Indian journal of veterinary science and animal husbandry - Volume 13,
Year: 1943
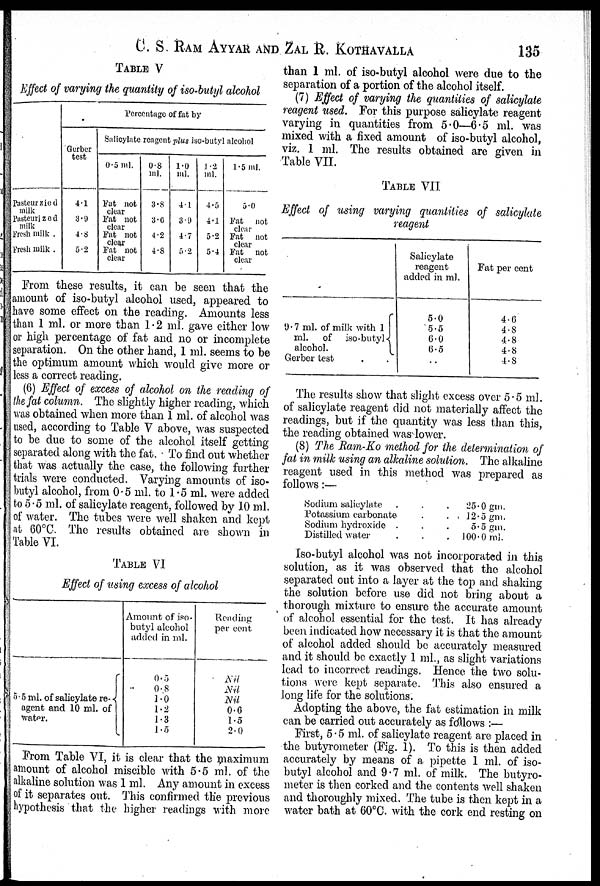
C. S. RAM AYYAR AND ZAL R. KOTHAVALLA 135
TABLE V
Effect of varying the quantity of iso-butyl alcohol
Pasteurzied
milk
Pasteurized
milk
Fresh milk .
Fresh milk .
Percentage of fat by
Gerber
test
4.1
3.9
4.8
5.2
Salicylate reagent plus iso-butyl alcohol
0.5 ml.
Fat not
clear
Fat not
clear
Fat not
clear
Fat not
clear
0.8
ml.
3.8
3.6
4.2
4.8
1.0
ml.
4.1
3.9
4.7
5.2
1.2
ml.
4.5
4.1
5.2
5.4
1.5 ml.
5.0
Fat not
clear
Fat not
clear
Fat not
clear
From these results, it can be seen that the
amount of iso-butyl alcohol used, appeared to
have some effect on the reading. Amounts less
than 1 ml. or more than 1.2 ml. gave either low
or high percentage of fat and no or incomplete
separation. On the other hand, 1 ml. seems to be
the optimum amount which would give more or
less a correct reading.
(6) Effect of excess of alcohol on the reading of
the fat column. The slightly higher reading, which
was obtained when more than 1 ml. of alcohol was
used, according to Table V above, was suspected
to be due to some of the alcohol itself getting
separated along with the fat. To find out whether
that was actually the case, the following further
trials were conducted. Varying amounts of iso-
butyl alcohol, from 0.5 ml. to 1.5 ml. were added
to 5.5 ml. of salicylate reagent, followed by 10 ml.
of water. The tubes were well shaken and kept
at 60°C. The results obtained are shown in
Table VI.
TABLE VI
Effect of using excess of alcohol
5.5 ml. of salicylate re- {
agent and 10 ml. of
water.
Amount of iso-
butyl alcohol
added in ml.
0.5
0.8
1.0
1.2
1.3
1.5
Reading
per cent
Nil
Nil
Nil
0.6
1.5
2.0
From Table VI, it is clear that the maximum
amount of alcohol miscible with 5.5 ml. of the
alkaline solution was 1 ml. Any amount in excess
of it separates out. This confirmed the previous
hypothesis that the higher readings with more
than 1 ml. of iso-butyl alcohol were due to the
separation of a portion of the alcohol itself.
(7) Effect of varying the quantities of salicylate
reagent used. For this purpose salicylate reagent
varying in quantities from 5.0—6.5 ml. was
mixed with a fixed amount of iso-butyl alcohol,
viz. 1 ml. The results obtained are given in
Table VII.
TABLE VII
Effect of using varying quantities of salicylate
reagent
9.7 ml. of milk with 1
ml.
of iso-butyl {
alcohol.
Gerber test . .
Salicylate
reagent
added in ml.
5.0
5.5
6.0
6.5
..
Fat per cent
4.6
4.8
4.8
4.8
4.8
The results show that slight excess over 5.5 ml.
of salicylate reagent did not materially affect the
readings, but if the quantity was less than this,
the reading obtained was lower.
(8) The Ram-Ko method for the determination of
fat in milk using an alkaline solution. The alkaline
reagent used in this method was prepared as
follows :—
Sodium salicylate . . .
Potassium carbonate . .
Sodium hydroxide . . .
Distilled water . . .
25.0 gm.
12.5 gm.
5.5 gm.
100.0 ml.
Iso-butyl alcohol was not incorporated in this
solution, as it was observed that the alcohol
separated out into a layer at the top and shaking
the solution before use did not bring about a
thorough mixture to ensure the accurate amount
of alcohol essential for the test. It has already
been indicated how necessary it is that the amount
of alcohol added should be accurately measured
and it should be exactly 1 ml., as slight variations
lead to incorrect readings. Hence the two solu-
tions were kept separate. This also ensured a
long life for the solutions.
Adopting the above, the fat estimation in milk
can be carried out accurately as follows :—
First, 5.5 ml. of salicylate reagent are placed in
the butyrometer (Fig. 1). To this is then added
accurately by means of a pipette 1 ml. of iso-
butyl alcohol and 9.7 ml. of milk. The butyro-
meter is then corked and the contents well shaken
and thoroughly mixed. The tube is then kept in a
water bath at 60°C. with the cork end resting on